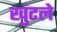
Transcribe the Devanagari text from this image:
खुंटले